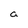
Character: a